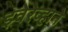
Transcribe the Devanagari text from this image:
झ्वेरेव्हाने